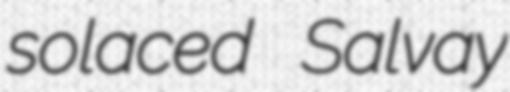
solaced Salvay